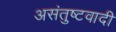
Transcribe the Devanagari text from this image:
असंतुष्टवादी